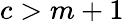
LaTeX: c>m+1